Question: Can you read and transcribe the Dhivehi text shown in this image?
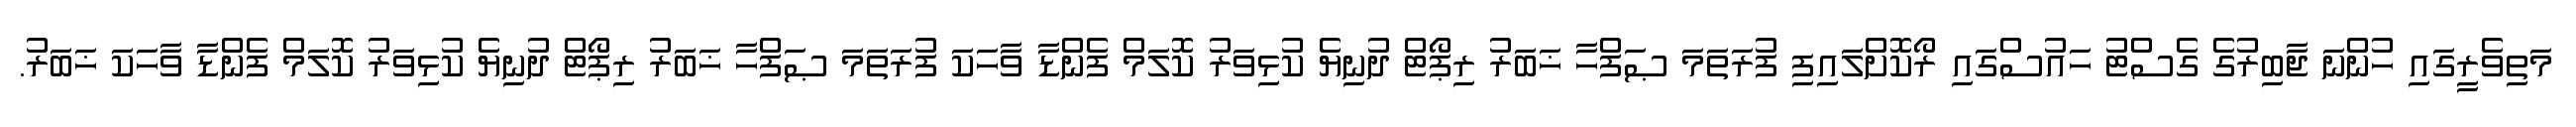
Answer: މަތިވެރީގައި ހުންނަ ޖާބިރުގެ ގެސްޓު ހައުސްގައި ރޯކޮށްލައިފި ފުރަތަމަ ޞަފްހާ ޚަބަރު ރިޕޯޓް ދުނިޔެ ކުޅިވަރު ކޮލަމް ފެންޑާ ވާހަކަ ފުރަތަމަ ޞަފްހާ ޚަބަރު ރިޕޯޓް ދުނިޔެ ކުޅިވަރު ކޮލަމް ފެންޑާ ވާހަކަ ޚަބަރު.